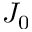
J _ { 0 }